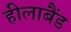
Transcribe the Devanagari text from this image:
हीलाबैंड